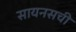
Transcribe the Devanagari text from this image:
सायनसची